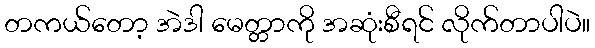
တကယ်တော့ အဲဒါ မေတ္တာကို အဆုံးစီရင် လိုက်တာပါပဲ။